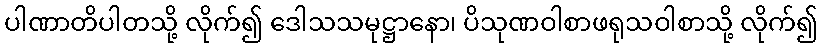
ပါဏာတိပါတသို့ လိုက်၍ ဒေါသသမုဋ္ဌာနော၊ ပိသုဏဝါစာဖရုသဝါစာသို့ လိုက်၍